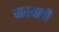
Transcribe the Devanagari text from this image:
बास्थली